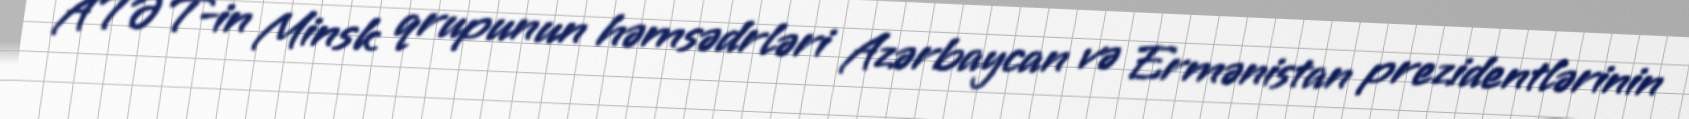
ATƏT-in Minsk qrupunun həmsədrləri Azərbaycan və Ermənistan prezidentlərinin